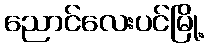
ညောင်လေးပင်မြို့